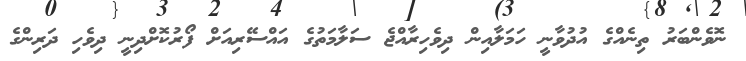
ނޮވެންބަރު ތިނެއްގެ އުދުވާނީ ހަމަލާއިން ދިވެހިރާއްޖެ ސަލާމަތުގެ އައްސޭރިއަށް ފޯރުކޮށްދިނީ ދިވެހި ދަރިންގެ